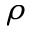
\rho